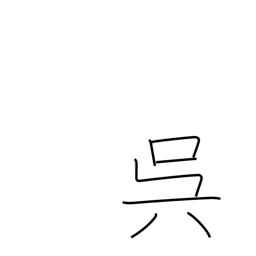
Meaning: do something for